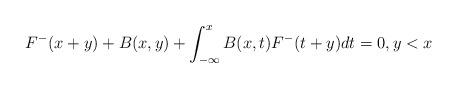
LaTeX: \begin{align*}F^{-}(x+y)+B(x,y)+\int_{-\infty}^{x}B(x,t)F^{-}(t+y)dt=0,y<x\end{align*}